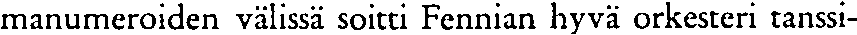
manumeroiden välissä soitti Fennian hyvä orkesteri tanssi-